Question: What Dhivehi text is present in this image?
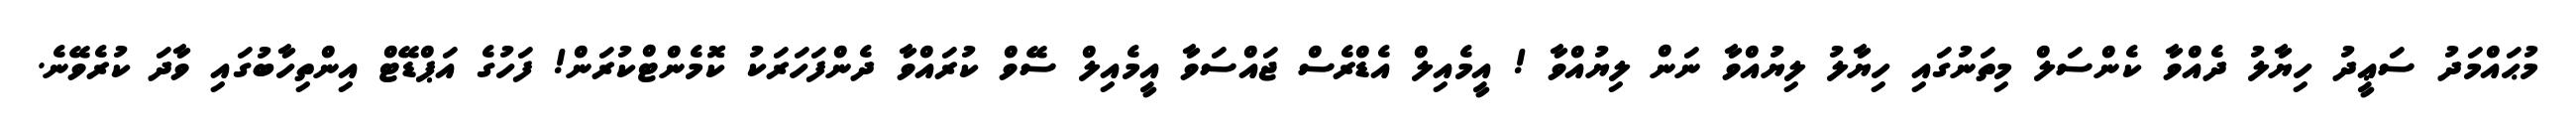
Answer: މުޙައްމަދު ސަޢީދު ހިޔާލު ދެއްވާ ކެންސަލް މިތަނުގައި ހިޔާލު ލިޔުއްވާ ނަން ލިޔުއްވާ ! އީމެއިލް އެޑްރެސް ޖައްސަވާ އީމެއިލް ސޭވް ކުރައްވާ ދެންފަހަރަކު ކޮމެންޓްކުރަން! ފަހުގެ އަޕްޑޭޓް އިންތިހާބުގައި ވާދަ ކުރެވޭނެ.